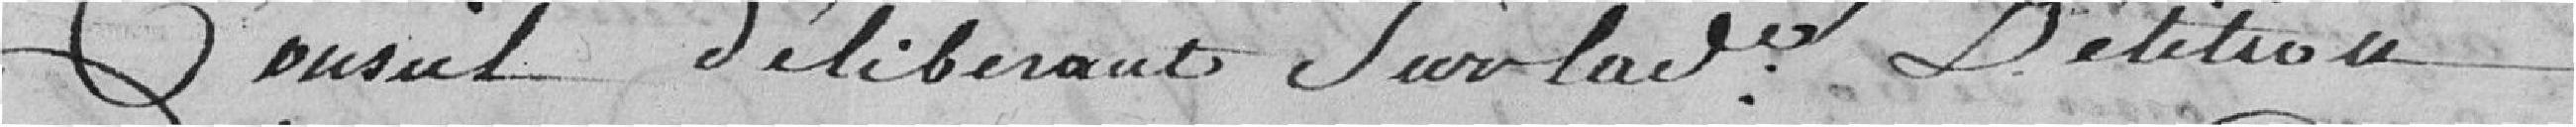
Conseil délibérant sur la pétition